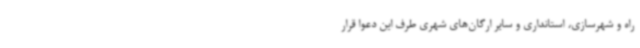
راه و شهرسازی، استانداری و سایر ارگان‌های شهری طرف این دعوا قرار